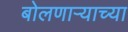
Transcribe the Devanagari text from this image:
बोलणाऱ्याच्या